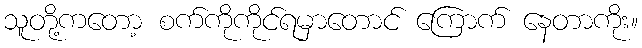
သူတို့ကတော့ စက်ကိုကိုင်ရမှာတောင် ကြောက် နေတာကိုး။